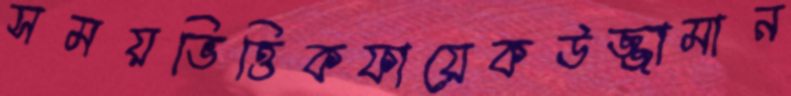
সময়ভিত্তিকফায়েকউজ্জামান